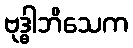
ဗုဒ္ဓါဘိသေက